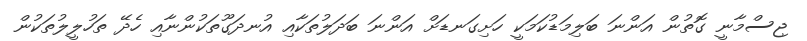
ޖިސްމާނީ ގޮތުން އަންނަ ބަލިމަޑުކަމަކީ ހަށިގަނޑަށް އަންނަ ބަދަލުތަކާއި އުނދަގޫތަކުންނާއި ހެދޭ ތަހުލީލުތަކުން